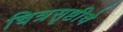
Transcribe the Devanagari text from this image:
चित्रसृष्टीचे